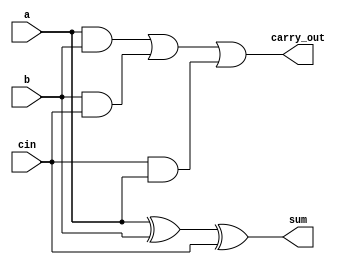
module full_adder (
    input a, 
    input b, 
    input cin, 
    output sum, 
    output carry_out
);

assign sum = a ^ b ^ cin;
assign carry_out = (a & b) | (b & cin) | (cin & a);

endmodule